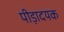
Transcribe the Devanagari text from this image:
पीड़ादयक